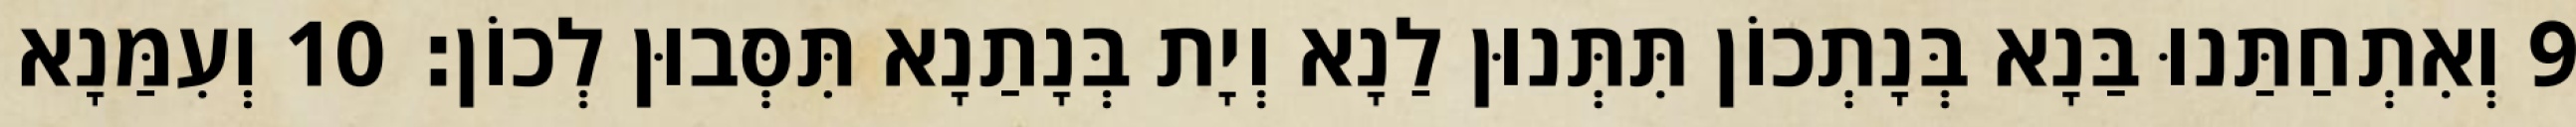
9 וְאִתְחַתַּנוּ בַּנָא בְּנָתְכוֹן תִּתְּנוּן לַנָא וְיָת בְּנָתַנָא תִּסְּבוּן לְכוֹן׃ 10 וְעִמַּנָא